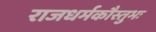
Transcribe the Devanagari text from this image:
राजधर्मकौस्तुभः